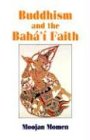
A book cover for Buddhism and the Baha'i Faith; Moojan Momen; Religion & Spirituality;